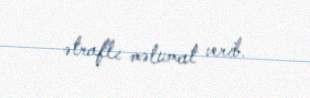
ətraflı məlumat verib.